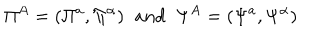
LaTeX: \Pi ^ { A } = ( \Pi ^ { a } , \Pi ^ { \alpha } ) \; \; a n d \; \; \Psi ^ { A } = ( \Psi ^ { a } , \Psi ^ { \alpha } )